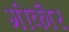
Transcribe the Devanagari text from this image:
मीकीर